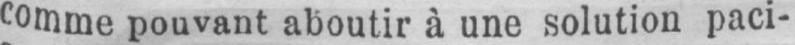
comme pouvant aboutir à une solution paci-